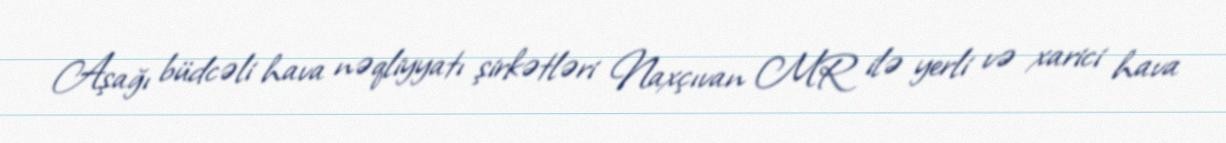
Aşağı büdcəli hava nəqliyyatı şirkətləri Naxçıvan MR ilə yerli və xarici hava